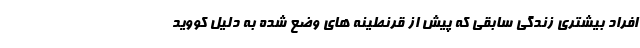
افراد بیشتری زندگی سابقی که پیش از قرنطینه های وضع شده به دلیل کووید